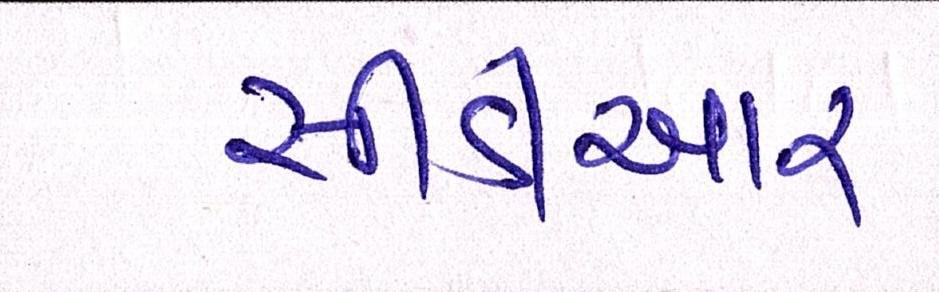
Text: સીડીઆર